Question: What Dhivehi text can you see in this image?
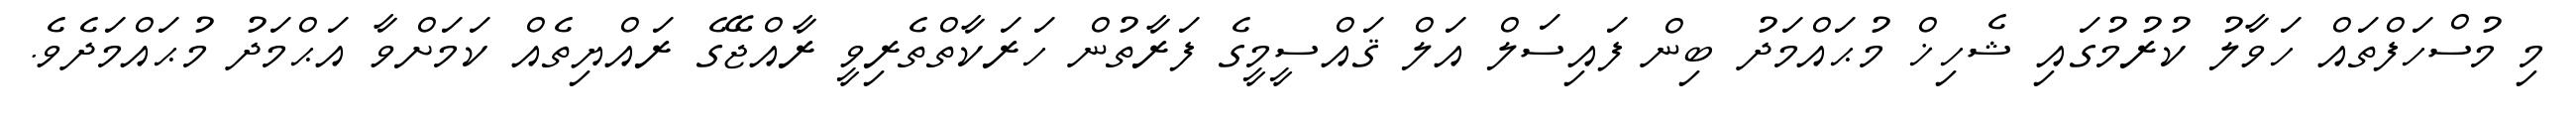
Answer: މި މުސްހަފްތައް ހަވާލު ކުރުމުގައި ޝެހިޚް މުޙައްމަދު ބިން ފައިސަލް އަލް ޤައްސީމީގެ ފަރާތުން ހަރަކާތްތެރިވީ ރާއްޖޭގެ ރައްޔިތެއް ކަމަށްވާ އަޙްމަދު މުޙައްމަދެވެ.